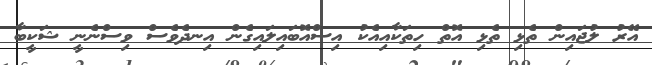
އޭރު ލުޖައިން ތެޅި ތެޅި އޮތް ހިތަކާއިއެކު އިސްއޮބައިލައިގެން އިނދެވެސް ވިސްނެނީ ޝަކީބާ